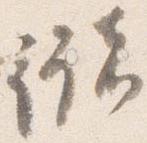
儲